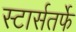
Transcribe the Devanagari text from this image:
स्टार्सतर्फे